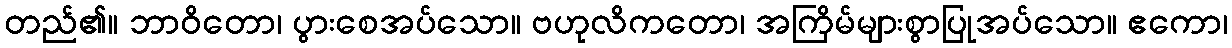
တည်၏။ ဘာဝိတော၊ ပွားစေအပ်သော။ ဗဟုလိကတော၊ အကြိမ်များစွာပြုအပ်သော။ ဧကော၊